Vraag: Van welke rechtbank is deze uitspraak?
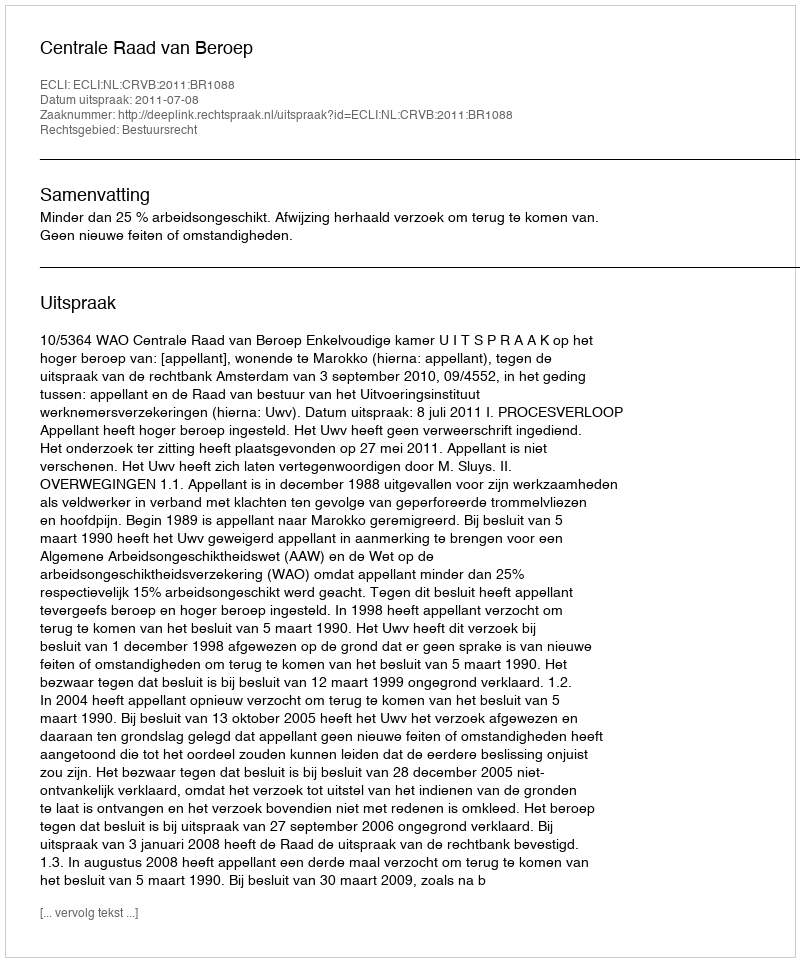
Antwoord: Centrale Raad van Beroep